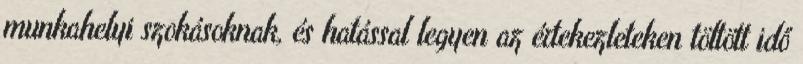
munkahelyi szokásoknak, és hatással legyen az értekezleteken töltött idő